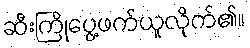
ဆီးကြိုပွေ့ဖက်ယူလိုက်၏။